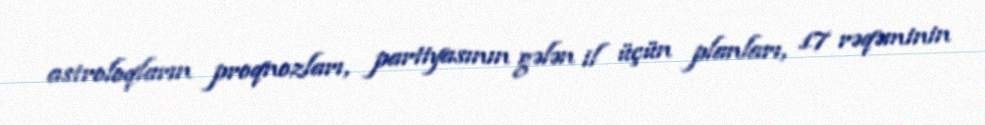
astroloqların proqnozları, partiyasının gələn il üçün planları, 17 rəqəminin